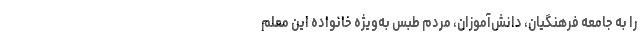
را به جامعه فرهنگیان، دانش‌آموزان، مردم طبس به‌ویژه خانواده این معلم